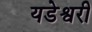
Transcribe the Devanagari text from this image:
यडेश्वरी